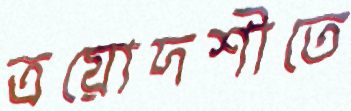
ত্রয়োদশীতে